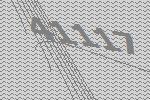
41117